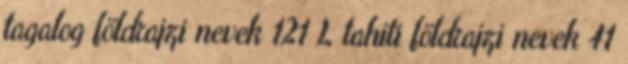
tagalog földrajzi nevek‎ 121 L tahiti földrajzi nevek‎ 41